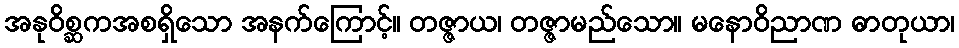
အနုဝိစ္ဆကအစရှိသော အနက်ကြောင့်။ တဇ္ဇာယ၊ တဇ္ဇာမည်သော။ မနောဝိညာဏ ဓာတုယာ၊